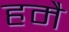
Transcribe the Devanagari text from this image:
हमै